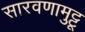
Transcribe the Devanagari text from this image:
सारवणामुट्टू